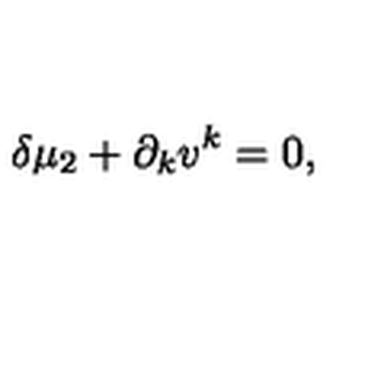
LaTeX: \delta \mu _ { 2 } + \partial _ { k } v ^ { k } = 0 ,